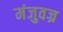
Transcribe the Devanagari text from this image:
मंजुवज्र